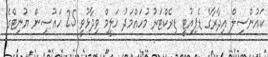
ކައުންސިލް އިދާރާގެ ޑެޕިއުޓީ ޑިރެކްޓަރު މުހައްމަދު ހަލީމް ވިދާޅުވީ 25 ހައުސިން ޔުނިޓްގެ